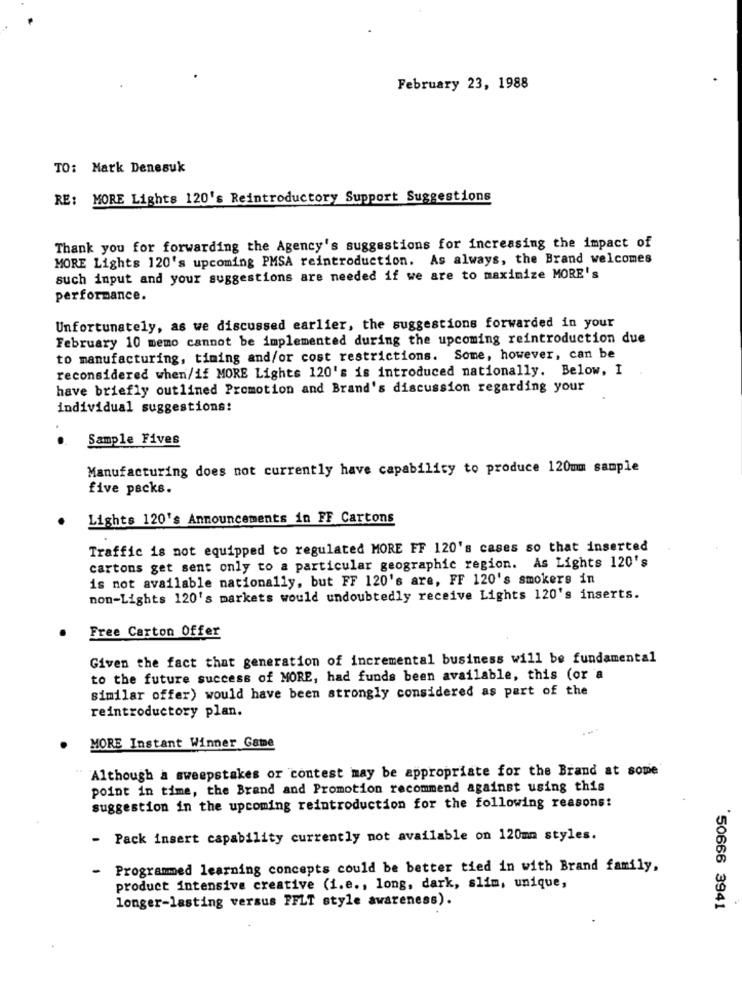
February 23, 1988
TO: Mark Denesuk
RE: MORE Lights 120's Reintroductory Support Suggestions
Thank you for forwarding the Agency's suggestions for increasing the impact of
MORE Lights 120's upcoming PMSA reintroduction. As always, the Brand welcomes
such input and your suggestions are needed if we are to maximize MORE's
performance.
Unfortunately, as we discussed earlier, the suggestions forwarded in your
February 10 memo cannot be implemented during the upcoming reintroduction due
to manufacturing, timing and/or cost restrictions. Some, however, can be
reconsidered when/if MORE Lights 120's is introduced nationally. Below, I
have briefly outlined Promotion and Brand's discussion regarding your
individual suggestions:
Sample Fives
Manufacturing does not currently have capability to produce 120mm sample
five packs.
Lights 120's Announcements in FF Cartons
.
Traffic is not equipped to regulated MORE FF 120's cases so that inserted
cartons get sent only to a particular geographic region. As Lights 120's
is not available nationally, but FF 120's are, FF 120's smokers in
non-Lights 120's markets would undoubtedly receive Lights 120's inserts.
Free Carton Offer
Given the fact that generation of incremental business will be fundamental
to the future success of MORE, had funds been available, this (or a
similar offer) would have been strongly considered as part of the
reintroductory plan.
MORE Instant Winner Game
Although a sweepstakes or contest may be appropriate for the Brand at some
point in time, the Brand and Promotion recommend against using this
suggestion in the upcoming reintroduction for the following reasons:
- Pack insert capability currently not available on 120mm styles.
-
Programmed learning concepts could be better tied in with Brand family,
product intensive creative (i.e ., long, dark, slim, unique,
longer-lasting versus FFLT style awareness).
50666 3941